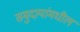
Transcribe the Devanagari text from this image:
समुदायांमधील